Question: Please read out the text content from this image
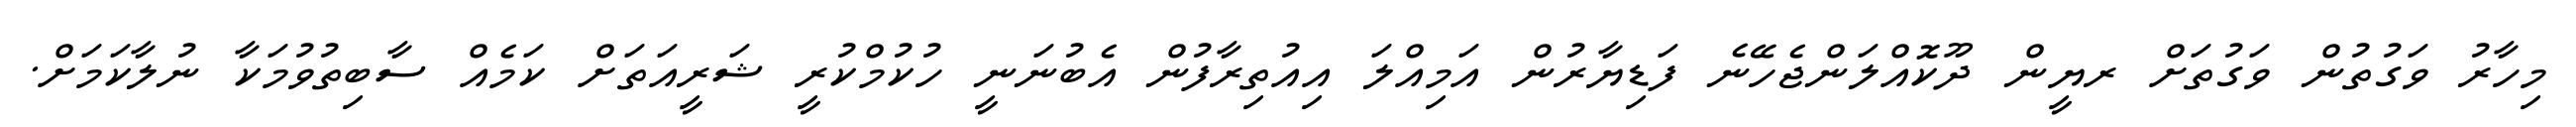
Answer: މިހާރު ވަގުތުން ވަގުތަށް ރޔީން ދޫކޮއްލަންޖެހޭނެ ފަޑިޔާރުން އަމިއްލަ އިއުތިރާފުން އެބުނަނީ ހުކުމްކުރީ ޝަރީއަތަށް ކަމެއް ސާބިތުވުމަކާ ނުލާކަމަށް.